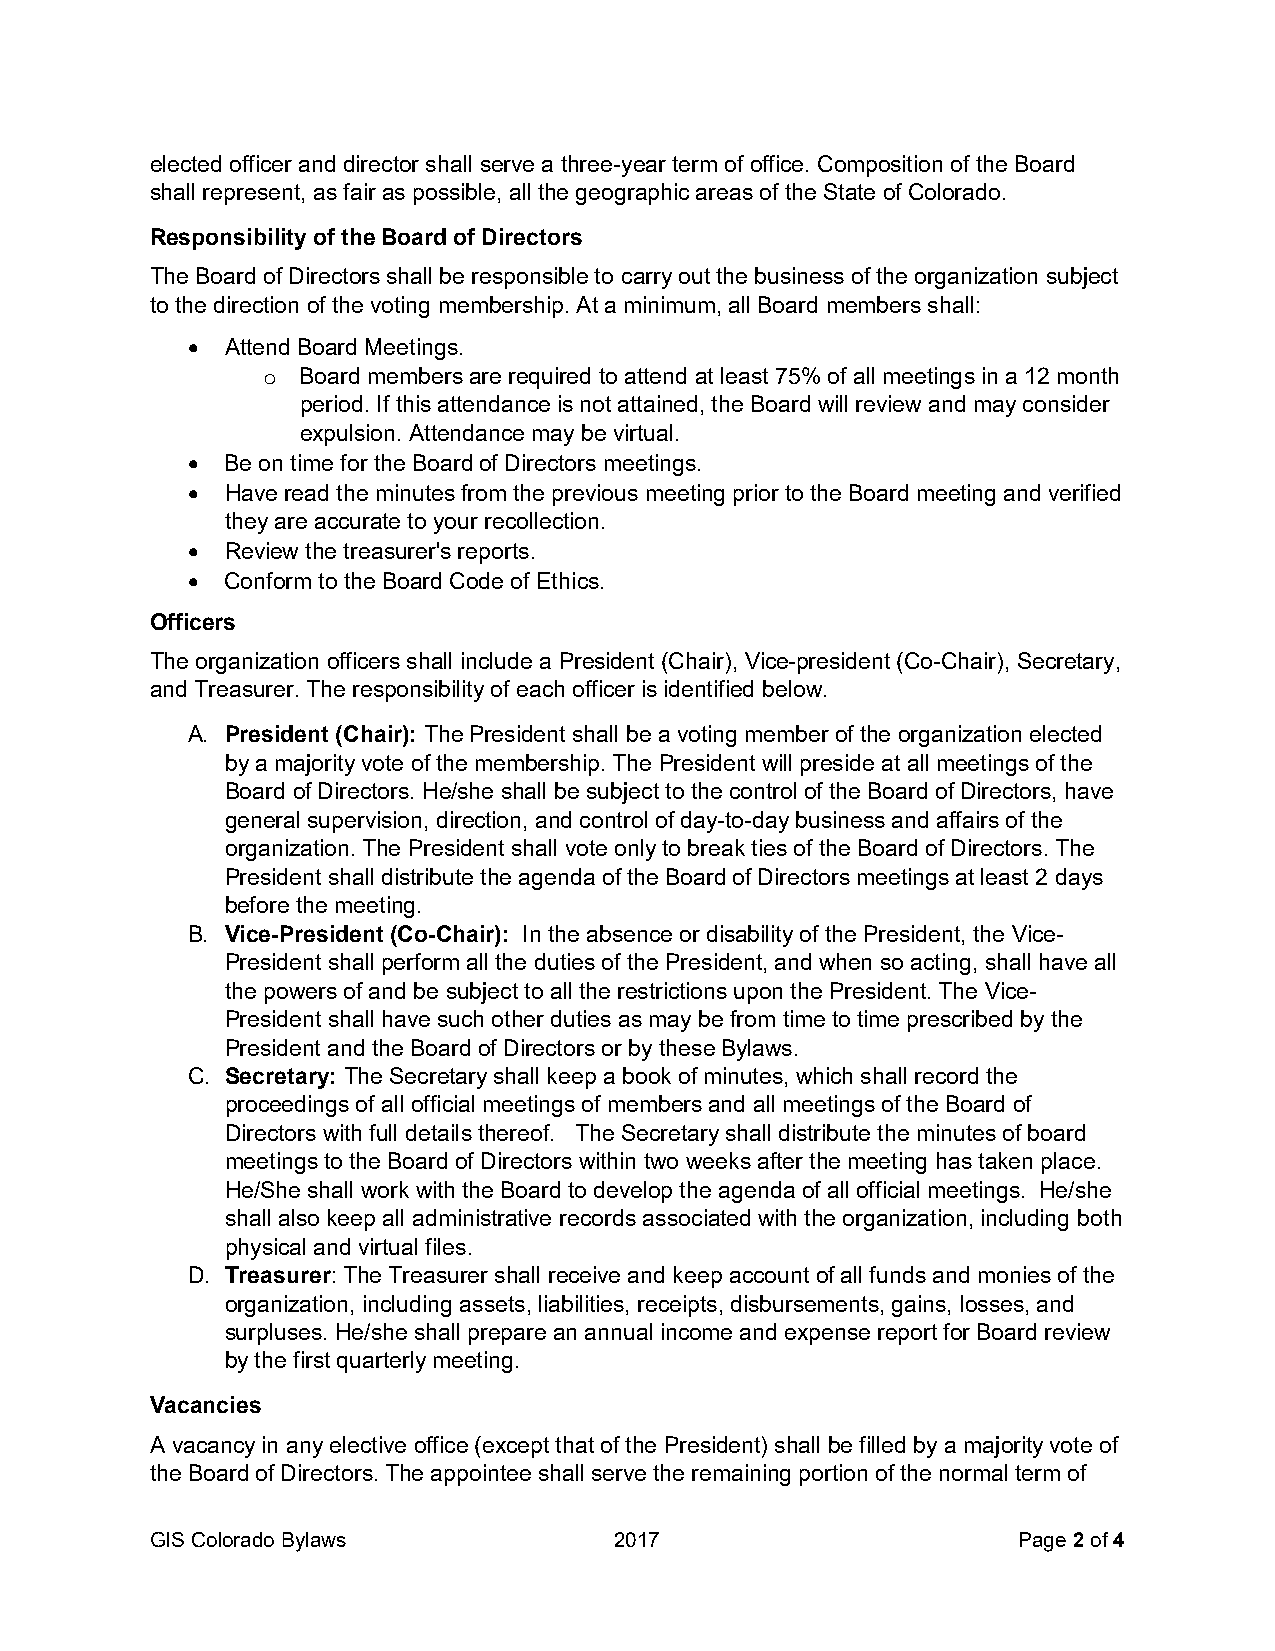
elected officer and director shall serve a three-year term of office. Composition of the Board
 shall represent, as fair as possible, all the geographic areas of the State of Colorado.
 Responsibility of the Board of Directors
 The Board of Directors shall be responsible to carry out the business of the organization subject
 to the direction of the voting membership. At a minimum, all Board members shall:
   Attend Board Meetings.
 o  Board members are required to attend at least 75% of all meetings in a 12 month
 period. If this attendance is not attained, the Board will review and may consider
 expulsion. Attendance may be virtual.
   Be on time for the Board of Directors meetings.
   Have read the minutes from the previous meeting prior to the Board meeting and verified
 they are accurate to your recollection.
   Review the treasurer's reports.
   Conform to the Board Code of Ethics.
 Officers
 The organization officers shall include a President (Chair), Vice-president (Co-Chair), Secretary,
 and Treasurer. The responsibility of each officer is identified below.
 A. President (Chair): The President shall be a voting member of the organization elected
 by a majority vote of the membership. The President will preside at all meetings of the
 Board of Directors. He/she shall be subject to the control of the Board of Directors, have
 general supervision, direction, and control of day-to-day business and affairs of the
 organization. The President shall vote only to break ties of the Board of Directors. The
 President shall distribute the agenda of the Board of Directors meetings at least 2 days
 before the meeting.
 B. Vice-President (Co-Chair): In the absence or disability of the President, the Vice-
 President shall perform all the duties of the President, and when so acting, shall have all
 the powers of and be subject to all the restrictions upon the President. The Vice-
 President shall have such other duties as may be from time to time prescribed by the
 President and the Board of Directors or by these Bylaws.
 C. Secretary: The Secretary shall keep a book of minutes, which shall record the
 proceedings of all official meetings of members and all meetings of the Board of
 Directors with full details thereof. The Secretary shall distribute the minutes of board
 meetings to the Board of Directors within two weeks after the meeting has taken place.
 He/She shall work with the Board to develop the agenda of all official meetings. He/she
 shall also keep all administrative records associated with the organization, including both
 physical and virtual files.
 D. Treasurer: The Treasurer shall receive and keep account of all funds and monies of the
 organization, including assets, liabilities, receipts, disbursements, gains, losses, and
 surpluses. He/she shall prepare an annual income and expense report for Board review
 by the first quarterly meeting.
 Vacancies
 A vacancy in any elective office (except that of the President) shall be filled by a majority vote of
 the Board of Directors. The appointee shall serve the remaining portion of the normal term of
 GIS Colorado Bylaws            2017                      Page 2 of 4